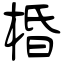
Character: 棔